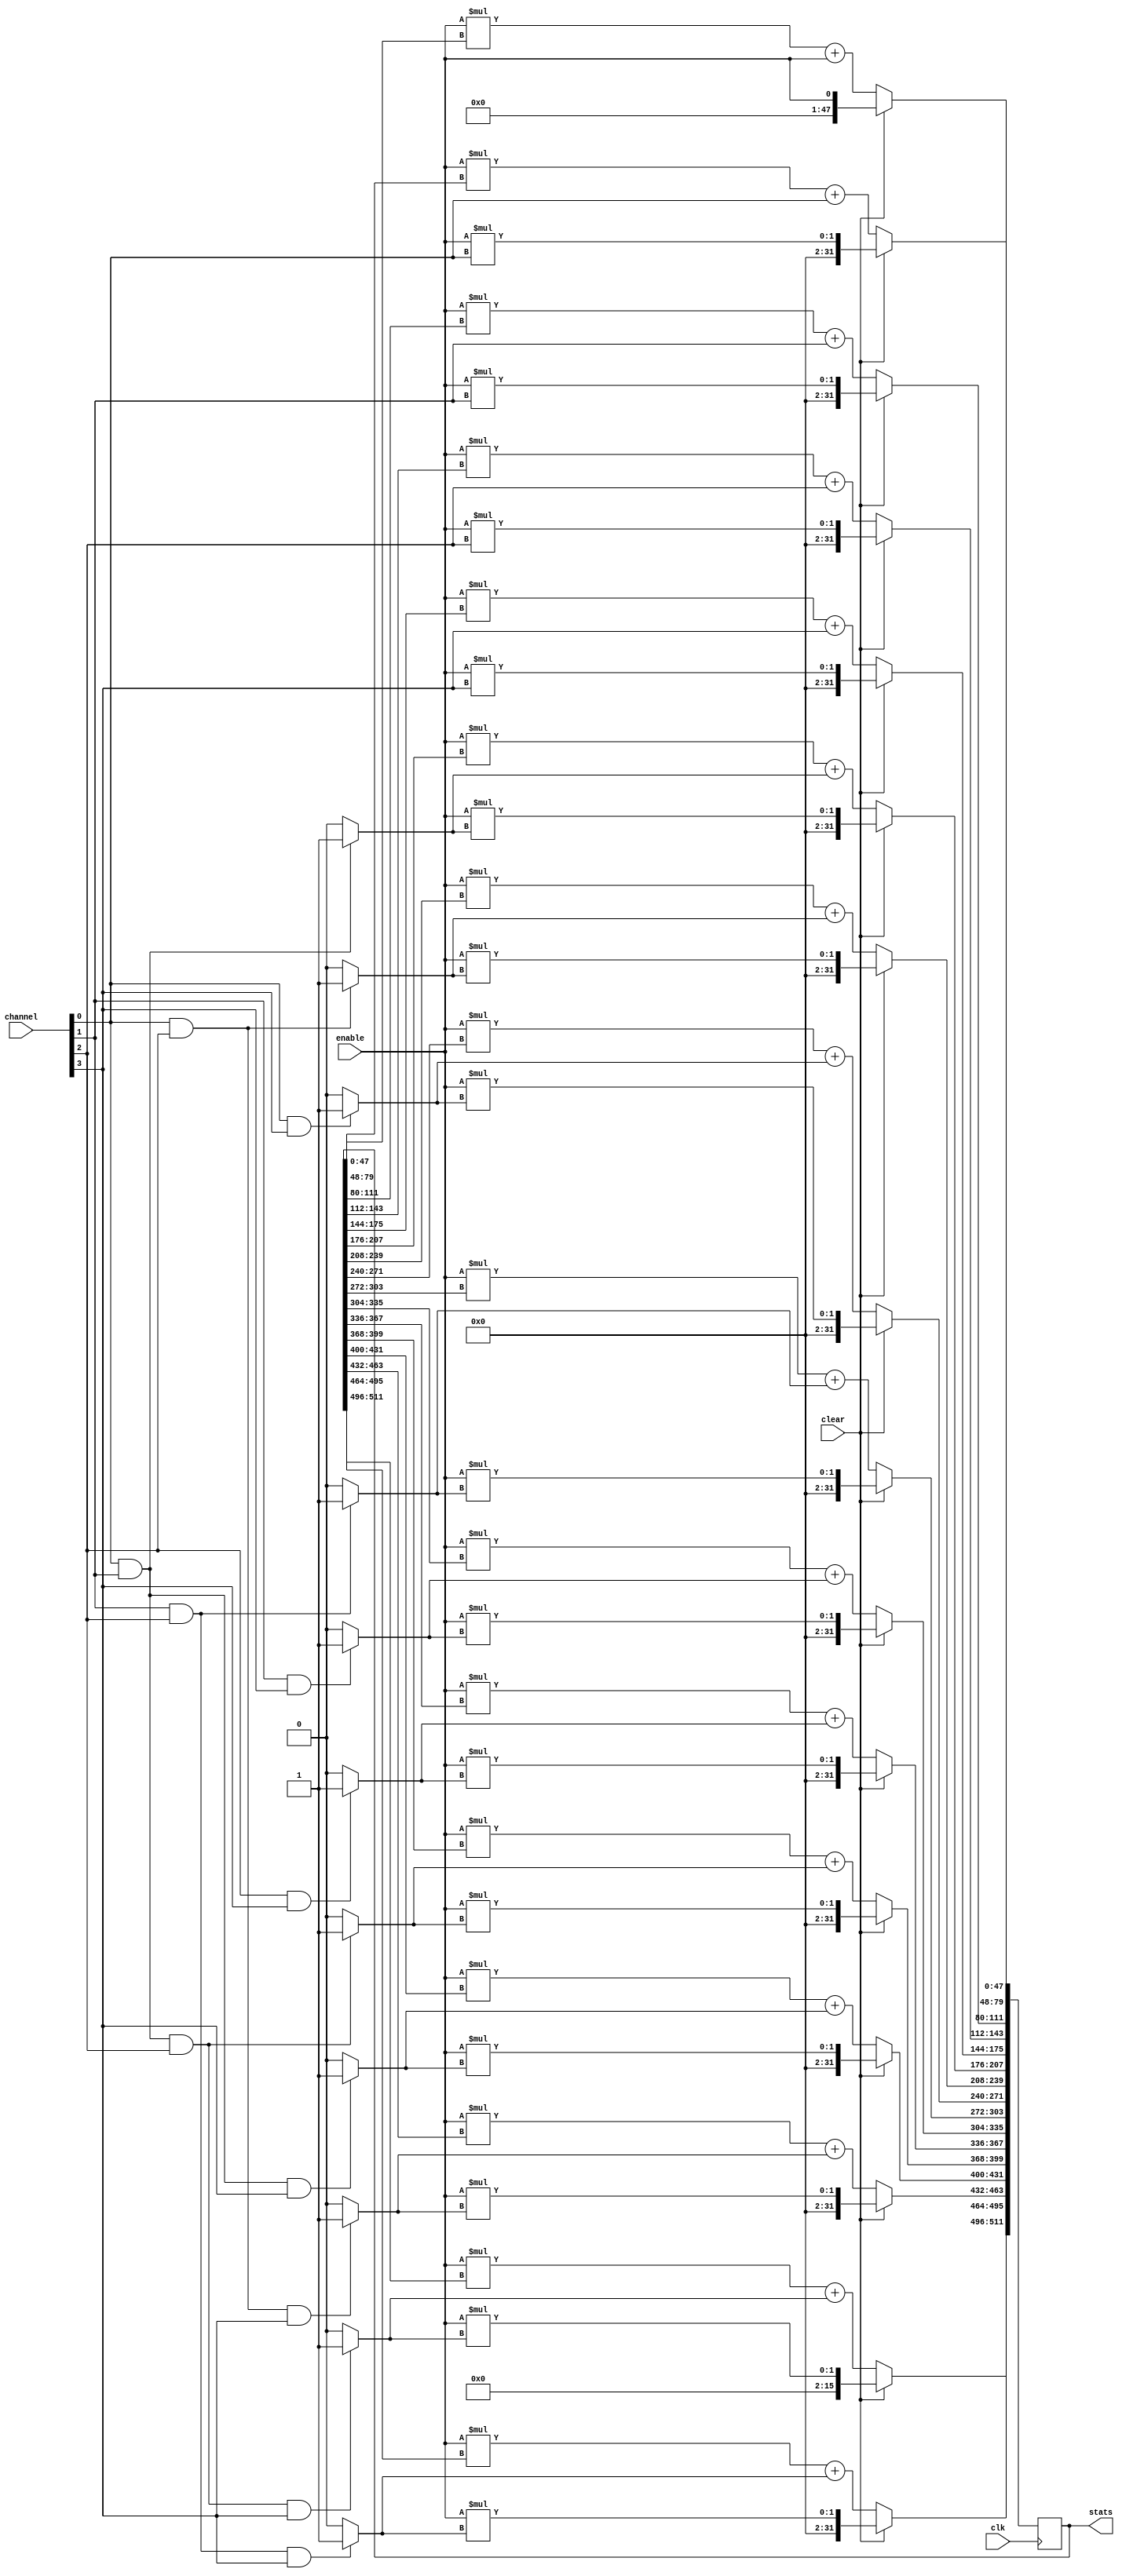
// Fast Multisource Pulse Registration System
// Module:
// summator
// Summator with synchronious clear input (readout_clear)
// Last sum is kept at the output until the next synchronious readout_clear is recieved
// (c) Sergey V. Polyakov 2006-forever
module coiencedence (
	channel, clk, clear, enable,
	stats
);

input [3:0] channel;
input clear;
input clk;
input enable;

output [511:0] stats;
reg    [511:0] stats;

//initial
//begin
//	stats <= 512'b0;
//end

always @ (posedge clk)
	begin
		if (clear)
		  begin
			stats[47:0] = enable;
			stats[79:48] = enable*channel[0];
			stats[111:80] = enable*channel[1];
			stats[143:112] = enable*channel[2];
			stats[175:144] = enable*channel[3];
			
			stats[207:176] = enable*(channel[0]&channel[1]?1'b1:1'b0);
			stats[239:208] = enable*(channel[0]&channel[2]?1'b1:1'b0);
			stats[271:240] = enable*(channel[0]&channel[3]?1'b1:1'b0);
			stats[303:272] = enable*(channel[1]&channel[2]?1'b1:1'b0);
			stats[335:304] = enable*(channel[1]&channel[3]?1'b1:1'b0);
			stats[367:336] = enable*(channel[2]&channel[3]?1'b1:1'b0);
			stats[399:368] = enable*(channel[0]&channel[1]&channel[2]?1'b1:1'b0);
			stats[431:400] = enable*(channel[0]&channel[1]&channel[3]?1'b1:1'b0);
			stats[463:432] = enable*(channel[0]&channel[2]&channel[3]?1'b1:1'b0);
			stats[495:464] = enable*(channel[1]&channel[2]&channel[3]?1'b1:1'b0);
			stats[511:496] = enable*(channel[0]&channel[1]&channel[2]&channel[3]?1'b1:1'b0);
		  end
		else
		  begin
			stats[47:0] = enable*stats[47:0]+enable;
			stats[79:48] = enable*stats[79:48]+channel[0];
			stats[111:80] = enable*stats[111:80]+channel[1];
			stats[143:112] = enable*stats[143:112]+channel[2];
			stats[175:144] = enable*stats[175:144]+channel[3];
			
			stats[207:176] = enable*stats[207:176]+(channel[0]&channel[1]?1'b1:1'b0);
			stats[239:208] = enable*stats[239:208]+(channel[0]&channel[2]?1'b1:1'b0);
			stats[271:240] = enable*stats[271:240]+(channel[0]&channel[3]?1'b1:1'b0);
			stats[303:272] = enable*stats[303:272]+(channel[1]&channel[2]?1'b1:1'b0);
			stats[335:304] = enable*stats[335:304]+(channel[1]&channel[3]?1'b1:1'b0);
			stats[367:336] = enable*stats[367:336]+(channel[2]&channel[3]?1'b1:1'b0);
			stats[399:368] = enable*stats[399:368]+(channel[0]&channel[1]&channel[2]?1'b1:1'b0);
			stats[431:400] = enable*stats[431:400]+(channel[0]&channel[1]&channel[3]?1'b1:1'b0);
			stats[463:432] = enable*stats[463:432]+(channel[0]&channel[2]&channel[3]?1'b1:1'b0);
			stats[495:464] = enable*stats[495:464]+(channel[1]&channel[2]&channel[3]?1'b1:1'b0);
			stats[511:496] = enable*stats[511:496]+(channel[0]&channel[1]&channel[2]&channel[3]?1'b1:1'b0);
		  end
	end
endmodule